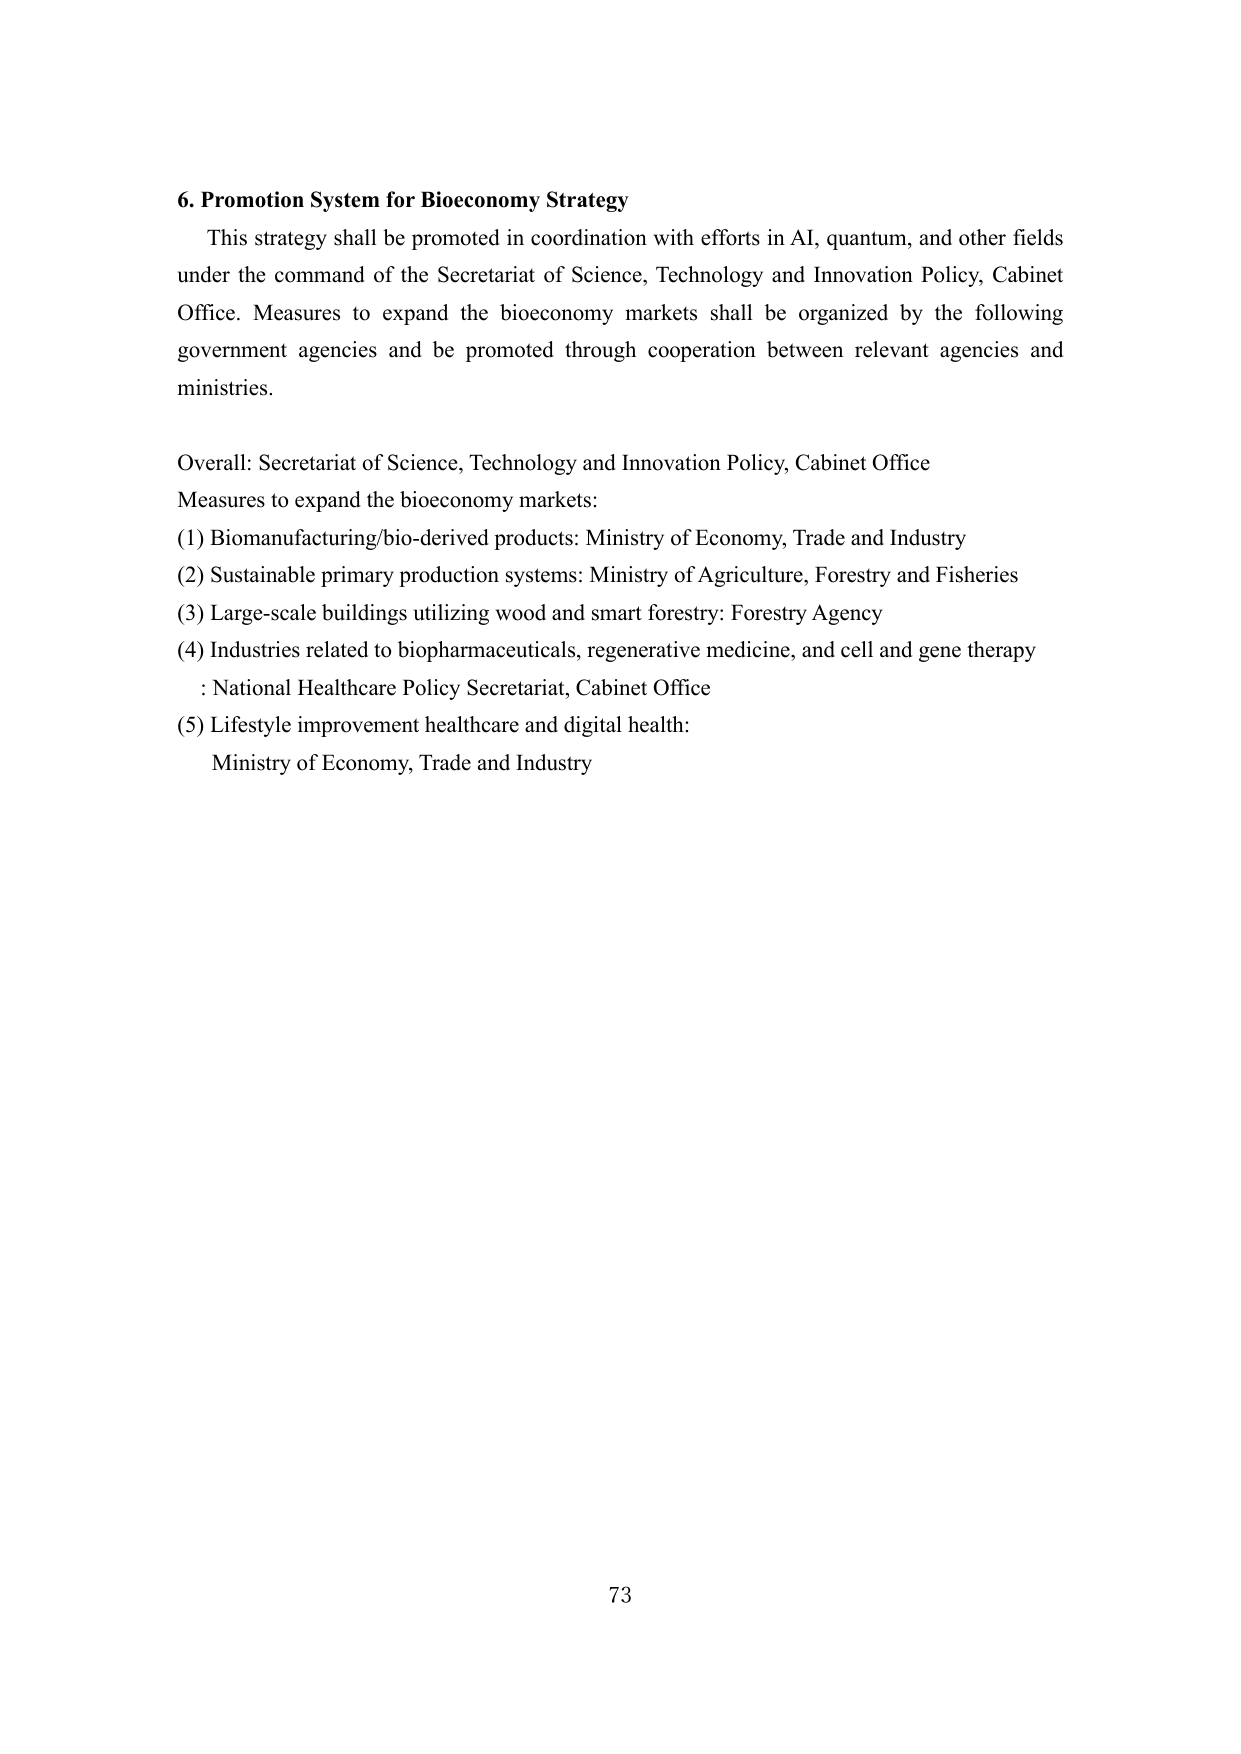
6. Promotion System for Bioeconomy Strategy

This strategy shall be promoted in coordination with efforts in AI, quantum, and other fields under the command of the Secretariat of Science, Technology and Innovation Policy, Cabinet Office. Measures to expand the bioeconomy markets shall be organized by the following government agencies and be promoted through cooperation between relevant agencies and ministries.

Overall: Secretariat of Science, Technology and Innovation Policy, Cabinet Office
Measures to expand the bioeconomy markets:
(1) Biomanufacturing/bio-derived products: Ministry of Economy, Trade and Industry
(2) Sustainable primary production systems: Ministry of Agriculture, Forestry and Fisheries
(3) Large-scale buildings utilizing wood and smart forestry: Forestry Agency
(4) Industries related to biopharmaceuticals, regenerative medicine, and cell and gene therapy: National Healthcare Policy Secretariat, Cabinet Office
(5) Lifestyle improvement healthcare and digital health: Ministry of Economy, Trade and Industry

73